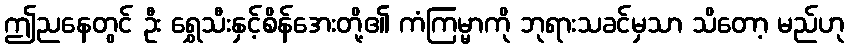
ဤညနေတွင် ဦး ရွှေသီးနှင့်စိန်အေးတို့၏ ကံကြမ္မာကို ဘုရားသခင်မှသာ သိတော့ မည်ဟု